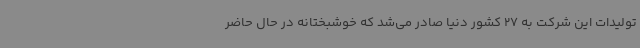
تولیدات این شرکت به 27 کشور دنیا صادر می‌شد که خوشبختانه در حال حاضر